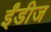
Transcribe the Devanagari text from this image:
ईंडीज